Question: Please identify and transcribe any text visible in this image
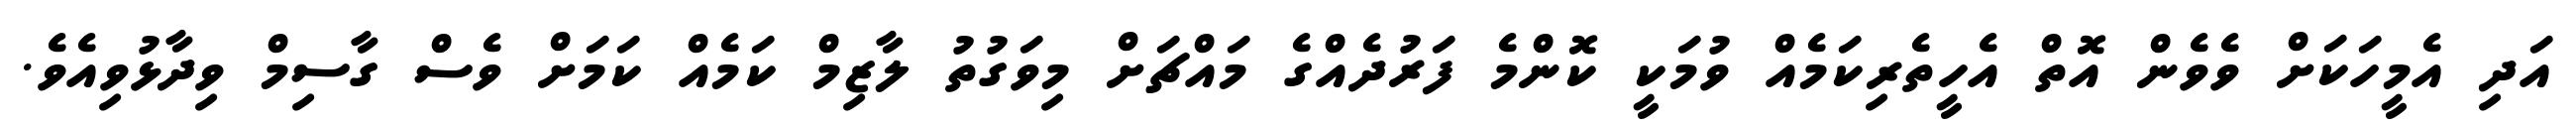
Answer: އަދި އެމީހަކަށް ވެވެން އޮތް އެހީތެރިކަމެއް ވުމަކީ ކޮންމެ ފަރުދެއްގެ މައްޗަށް މިވަގުތު ލާޒިމް ކަމެއް ކަމަށް ވެސް ގާސިމް ވިދާޅުވިއެވެ.